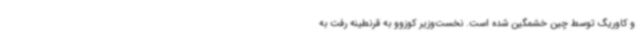
و کاوریگ توسط چین خشمگین شده است. نخست‌وزیر کوزوو به قرنطینه رفت به